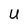
Character: U